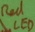
Text: LED